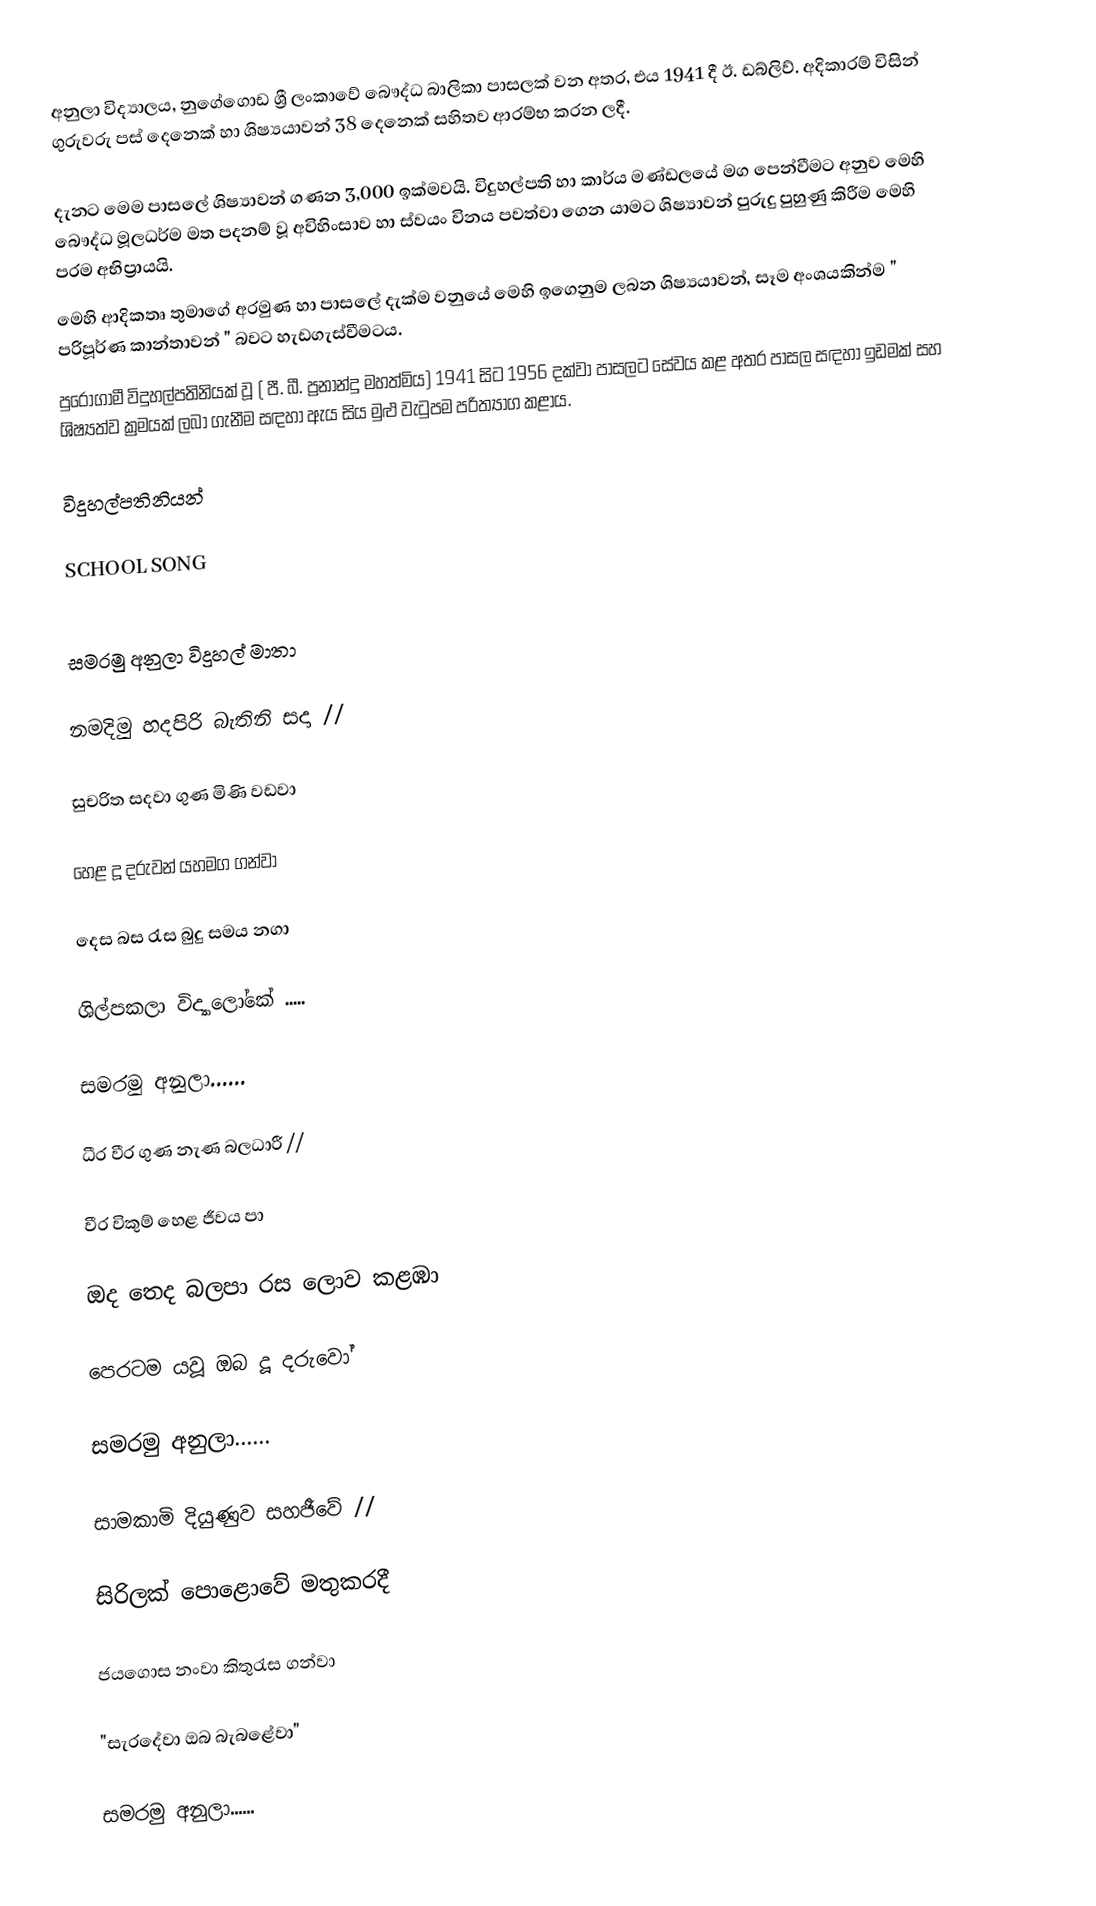
අනුලා විද්‍යාලය, නුගේගොඩ ශ්‍රී ලංකාවේ බෞද්ධ බාලිකා පාසලක් වන අතර, එය 1941 දී ඊ. ඩබ්ලිව්. අදිකාරම් විසින් ගුරුවරු පස් දෙනෙක් හා ශිෂ්‍යයාවන්  38 දෙනෙක් සහිතව ආරම්භ කරන ලදී. 

දැනට මෙම පාසලේ ශිෂ්‍යාවන් ගණන 3,000 ඉක්මවයි. විදුහල්පති හා කාර්ය මණ්ඩලයේ  මග පෙන්වීමට අනුව මෙහි බෞද්ධ මූලධර්ම මත පදනම් වූ  අවිහිංසාව හා ස්වයං විනය පවත්වා ගෙන යාමට ශිෂ්‍යාවන් පුරුදු පුහුණු කිරීම මෙහි පරම අභිප්‍රායයි.
මෙහි ආදිකතෘ තුමාගේ අරමුණ හා පාසලේ දැක්ම වනුයේ  මෙහි ඉගෙනුම ලබන ශිෂ්‍යයාවන්, සෑම අංශයකින්ම " පරිපූර්ණ කාන්තාවන් " බවට හැඩගැස්වීමටය.
පුරෝගාමී විදුහල්පතිනියක් වූ ( පී. බී. ප්‍රනාන්දු මහත්මිය) 1941 සිට 1956 දක්වා පාසලට සේවය කළ අතර පාසල සඳහා ඉඩමක් සහ ශිෂ්‍යත්ව ක්‍රමයක් ලබා ගැනීම සඳහා ඇය සිය මුළු වැටුපම පරිත්‍යාග කළාය.

විදුහල්පතිනියන්

SCHOOL SONG

සමරමු අනුලා විදුහල් මාතා

නමදිමු හදපිරි බැතිනි සදා //

සුචරිත සදවා ගුණ මිණි වඩවා

හෙළ දූ දරුවන් යහමග ගන්වා

දෙස බස රැස බුදු සමය නගා

ශිල්පකලා විද්‍යාලෝකේ .....

සමරමු අනුලා......

ධීර වීර ගුණ නැණ බලධාරී //

වීර විකුම් හෙළ ජීවය පා

ඔද තෙද බලපා  රස ලොව කළඹා

පෙරටම යවූ ඔබ දූ දරුවෝ

සමරමු අනුලා......

සාමකාමි දියුණුව සහජීවේ //

සිරිලක් පොළොවේ මතුකරදී

ජයගොස නංවා කිතුරැස ගන්වා

"සැරදේවා ඔබ බැබළේවා"

සමරමු අනුලා......